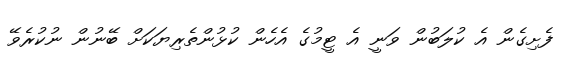
ފެށިގެން އެ ކުލަބުން ވަނީ އެ ޓީމުގެ އެހެން ކުޅުންތެރިޔަކަށް ބޭނުން ނުކުރެވޭ